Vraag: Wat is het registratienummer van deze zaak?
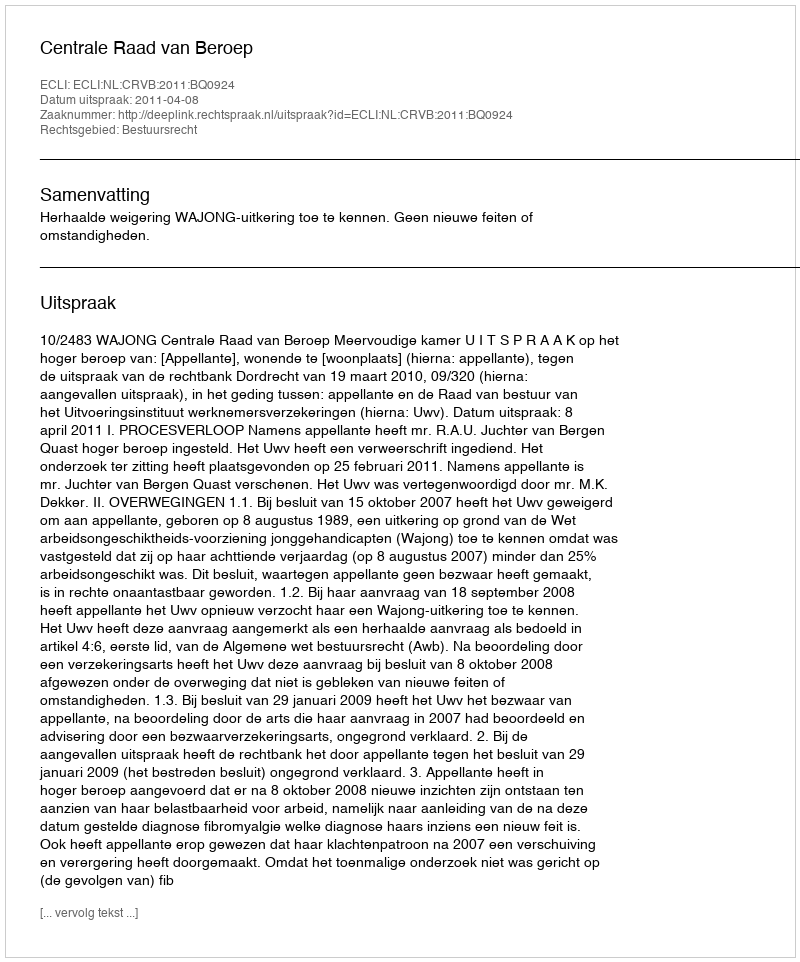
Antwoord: http://deeplink.rechtspraak.nl/uitspraak?id=ECLI:NL:CRVB:2011:BQ0924